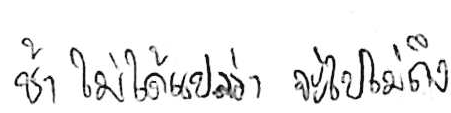
ช้า ไม่ได้แปลว่า จะไปไม่ถึง